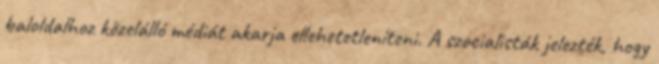
baloldalhoz közelálló médiát akarja ellehetetleníteni. A szocialisták jelezték, hogy